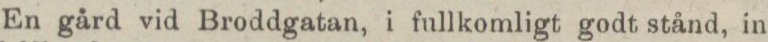
En gård vid Broddgatan, i fullkomligt godt stånd, in-